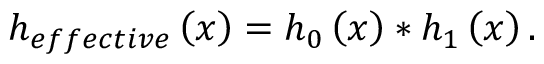
h _ { e f f e c t i v e } \left( x \right) = h _ { 0 } \left( x \right) * h _ { 1 } \left( x \right) .